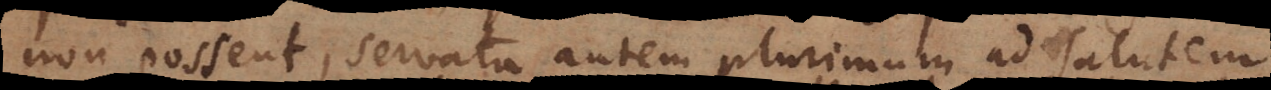
non possent, servata autem plurimum ad salutem